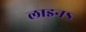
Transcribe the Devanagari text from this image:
लाइनऽ